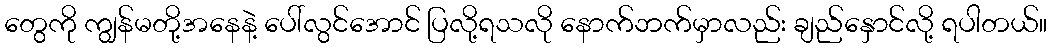
တွေကို ကျွန်မတို့အနေနဲ့ ပေါ်လွင်အောင် ပြလို့ရသလို နောက်ဘက်မှာလည်း ချည်နှောင်လို့ ရပါတယ်။